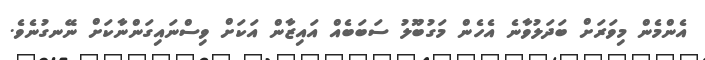
އެންމެން މިވަރަށް ބަދަލުވާނެ އެހެން މަގުބޫލު ސަބަބެއް އައިޒާން އަކަށް ވިސްނައިގަންނާކަށް ނޭނގުނެވެ.